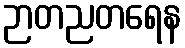
ဉာတညတရေန